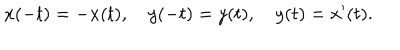
LaTeX: x ( - t ) = - x ( t ) , \quad y ( - t ) = y ( t ) , \quad y ( t ) = x ^ { \prime } ( t ) .